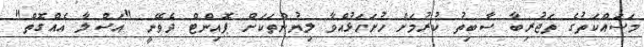
މަސައްކަތުގެ ތަޖުރިބާ ސާބިތު ކުރުމަށް ހުށަހަޅުއްވާ ލިޔުންތަކަށް ޕޮއިންޓް ދެވޭނީ "އަސްލާ އެއްގޮތް"